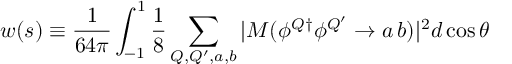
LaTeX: w ( s ) \equiv { \frac { 1 } { 6 4 \pi } } \int _ { - 1 } ^ { 1 } { \frac { 1 } { 8 } } \sum _ { Q , Q ^ { \prime } , a , b } | { { \cal M } ( \phi ^ { Q \dagger } \phi ^ { Q ^ { \prime } } \rightarrow a \, b ) } | ^ { 2 } d \cos \theta